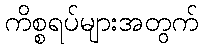
ကိစ္စရပ်များအတွက်